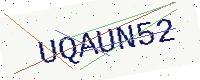
Text: UQAUN52